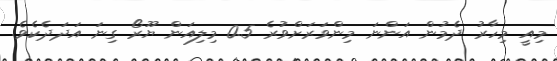
މިއީ މިހާރު ދެމުން އަންނަ މިންވަރަށްވުރެ 0.5 މިލިއަން ޔޫރޯ ގިނަ އަދަދެކެވެ.